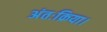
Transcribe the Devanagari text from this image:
अंतःक्रिया।